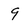
Character: 9